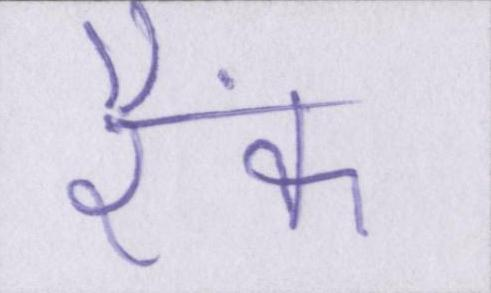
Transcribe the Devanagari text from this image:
रैंक